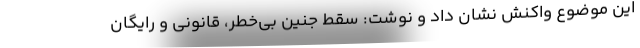
این موضوع واکنش نشان داد و نوشت: سقط جنین بی‌خطر، قانونی و رایگان